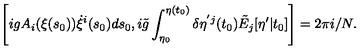
\left[ i g A _ { i } ( \xi ( s _ { 0 } ) ) \dot { \xi } ^ { i } ( s _ { 0 } ) d s _ { 0 } , i \tilde { g } \int _ { \eta _ { 0 } } ^ { \eta ( t _ { 0 } ) } \delta \eta ^ { ' j } ( t _ { 0 } ) \tilde { E } _ { j } [ \eta ^ { \prime } | t _ { 0 } ] \right] = 2 \pi i / N .